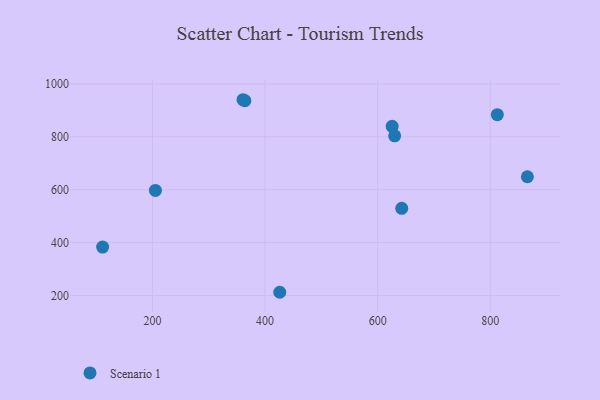
{"axis": {"x": "Ad Spend", "y": "Rating"}, "legend": ["Scenario 1"], "data": [{"x": "812.6", "y": 883.6, "type": "Scenario 1"}, {"x": "625.8", "y": 839.6, "type": "Scenario 1"}, {"x": "205.2", "y": 597.2, "type": "Scenario 1"}, {"x": "426.1", "y": 212.2, "type": "Scenario 1"}, {"x": "360.8", "y": 940.0, "type": "Scenario 1"}, {"x": "111.4", "y": 382.9, "type": "Scenario 1"}, {"x": "630.2", "y": 803.5, "type": "Scenario 1"}, {"x": "642.8", "y": 529.5, "type": "Scenario 1"}, {"x": "364.1", "y": 936.3, "type": "Scenario 1"}, {"x": "866.0", "y": 648.8, "type": "Scenario 1"}]}